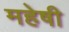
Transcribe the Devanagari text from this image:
महेषी